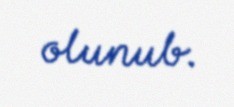
olunub.